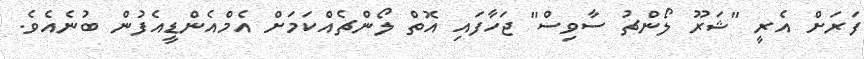
ފަރަށް އެރީ "ޝަރޫ ލޯންޗު ސާވިސް" ޖަހާފައި އޮތް ލޯންޗެއްކަމަށް އެމްއެންޑީއެފުން ބުނެއެވެ.